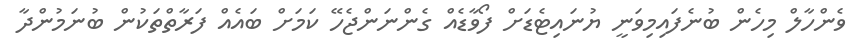
ވެންހާލް މިހެން ބުނެފައިމިވަނީ ޔުނައިޓެޑަށް ފޯވާޑެއް ގެންނަންޖެހޭ ކަމަށް ބައެއް ފަރާތްތަކުން ބުނަމުންދާ